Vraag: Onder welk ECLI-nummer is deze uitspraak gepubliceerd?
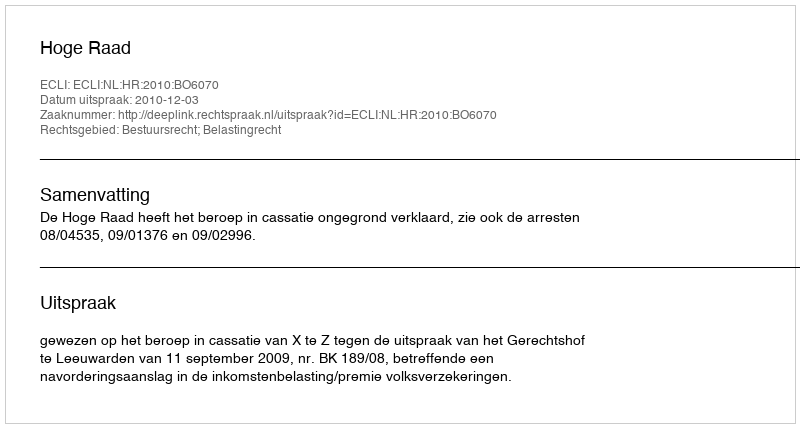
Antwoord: ECLI:NL:HR:2010:BO6070